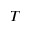
T